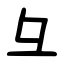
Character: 彑